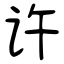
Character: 许